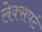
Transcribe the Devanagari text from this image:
लेक्सपर्ट